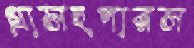
গ্রাসহুপারস